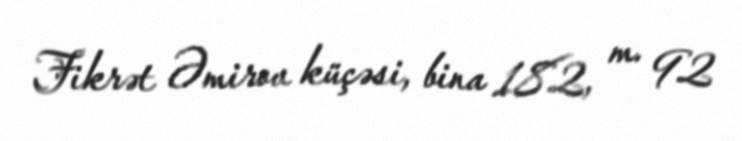
Fikrət Əmirov küçəsi, bina 182, m. 92